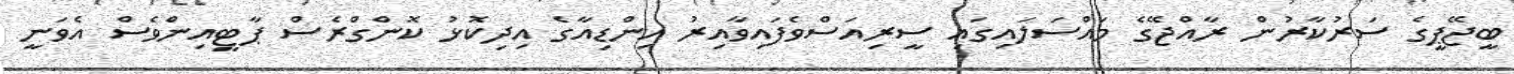
ބީޖޭޕީގެ ސަރުކާރުން ރާއްޖޭގެ މައްސަލައިގައި ސީރިއަސްވެފައިވާއިރު އިންޑިއާގެ އިދިކޮޅު ކޮންގްރެސް ޕާޓީއިންވެސް އެވަނީ